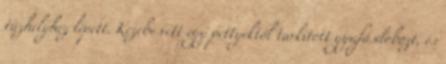
tűzhelyhez lépett. Kezébe vett egy pettyektől tarkított gyufásdobozt, és